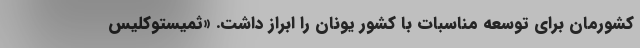
کشورمان برای توسعه مناسبات با کشور یونان را ابراز داشت. «ثمیستوکلیس